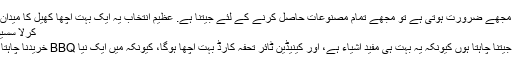
جب مجھے ضرورت ہوتی ہے تو مجھے تمام مصنوعات حاصل کرنے کے لئے جیتنا ہے. عظیم انتخاب یہ ایک بہت اچھا کھیل کا میدان ہے.
کرلا سسیویور
میں جیتنا چاہتا ہوں کیونکہ یہ بہت ہی مفید اشیاء ہے، اور کینیڈین ٹائر تحفہ کارڈ بہت اچھا ہوگا، کیونکہ میں ایک نیا BBQ خریدنا چاہتا ہوں!